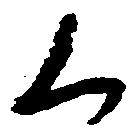
く